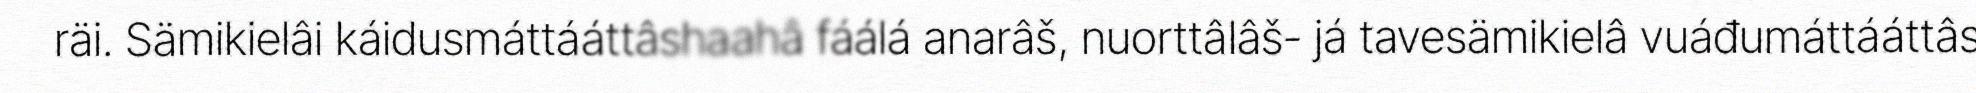
räi. Sämikielâi káidusmáttááttâshaahâ fáálá anarâš, nuorttâlâš- já tavesämikielâ vuáđumáttááttâs